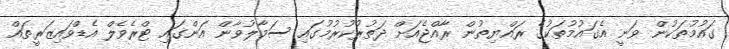
ގައުމުތަކުން ވަނީ އެގައުމުތަކުގެ ރައްޔިތުން ރާއްޖެއަށް ދަތުރުކުރުމުގައި ސަމާލުވާން އަންގައި ޓްރެވެލް އެޑްވައިޒަރީތައް